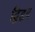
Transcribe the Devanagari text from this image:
द्विहृद